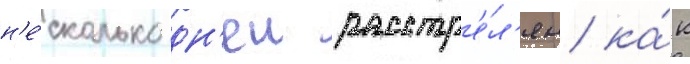
н'е́сколько дн'еи расстр'е́л'ян ка́к